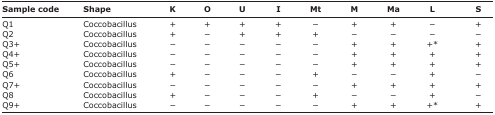
<table><thead><tr><td><b>Sample code</b></td><td><b>Shape</b></td><td><b>K</b></td><td><b>O</b></td><td><b>U</b></td><td><b>I</b></td><td><b>Mt</b></td><td><b>M</b></td><td><b>Ma</b></td><td><b>L</b></td><td><b>S</b></td></tr></thead><tbody><tr><td>Q1</td><td>Coccobacillus</td><td>+</td><td>+</td><td>+</td><td>+</td><td>−</td><td>+</td><td>+</td><td>−</td><td>+</td></tr><tr><td>Q2</td><td>Coccobacillus</td><td>+</td><td>−</td><td>+</td><td>+</td><td>+</td><td>−</td><td>−</td><td>−</td><td>−</td></tr><tr><td>Q3+</td><td>Coccobacillus</td><td>−</td><td>−</td><td>−</td><td>−</td><td>−</td><td>+</td><td>+</td><td>+*</td><td>+</td></tr><tr><td>Q4+</td><td>Coccobacillus</td><td>−</td><td>−</td><td>−</td><td>−</td><td>−</td><td>+</td><td>+</td><td>+</td><td>+</td></tr><tr><td>Q5+</td><td>Coccobacillus</td><td>−</td><td>−</td><td>−</td><td>−</td><td>−</td><td>+</td><td>+</td><td>+</td><td>+</td></tr><tr><td>Q6</td><td>Coccobacillus</td><td>+</td><td>−</td><td>−</td><td>−</td><td>+</td><td>−</td><td>−</td><td>+</td><td>−</td></tr><tr><td>Q7+</td><td>Coccobacillus</td><td>−</td><td>−</td><td>−</td><td>−</td><td>−</td><td>+</td><td>+</td><td>+</td><td>+</td></tr><tr><td>Q8</td><td>Coccobacillus</td><td>+</td><td>−</td><td>−</td><td>−</td><td>+</td><td>−</td><td>−</td><td>+</td><td>−</td></tr><tr><td>Q9+</td><td>Coccobacillus</td><td>−</td><td>−</td><td>−</td><td>−</td><td>−</td><td>+</td><td>+</td><td>+*</td><td>+</td></tr></tbody></table>